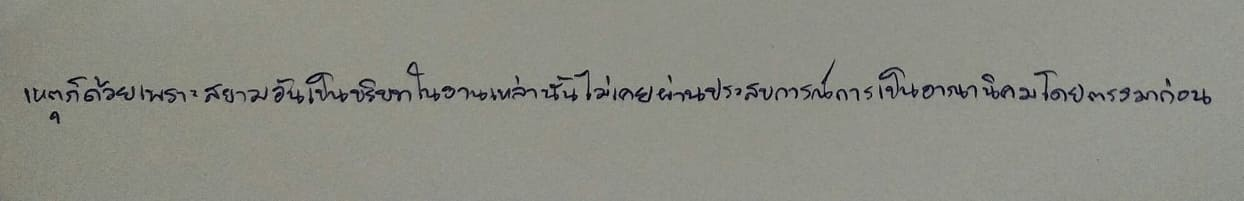
เหตุก็ด้วยเพราะสยามอันเป็นบริบทในงานเหล่านั้นไม่เคยผ่านประสบการณ์การเป็นอาณานิคมโดยตรงมาก่อน